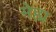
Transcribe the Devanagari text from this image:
मेह्म